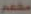
مقدم